Madras plague regulations and rules for district municipalities and other towns and villages
Disease focus: Plague
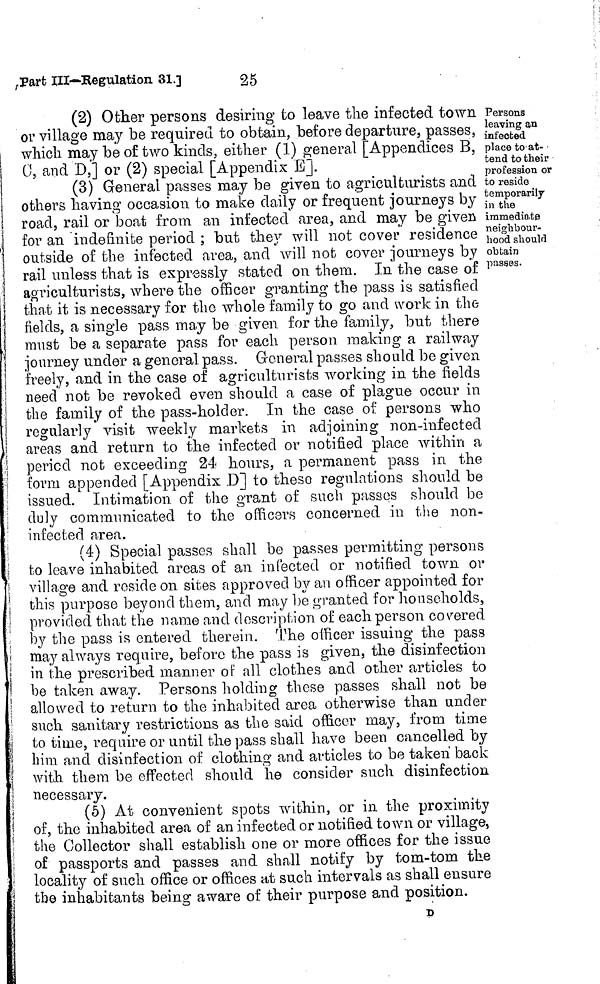
Part III—Regulation 31.]
25
Persons
leaving an
infected
place to-at-
tend to their
profession or
to reside
temporarily
in the
immediate
neighbour-
hood should
obtain
passes.
(2) Other persons desiring to leave the infected town
or village may be required to obtain, before departure, passes,
which may be of two kinds, either (1) general [Appendices B,
O, and D,] or (2) special [Appendix E].
(3) General passes may be given to agriculturists and
others having occasion to make daily or frequent journeys by
road, rail or boat from an infected area, and may be given
for an indefinite period ; but they will not cover residence
outside of the infected area, and will not cover journeys by
rail unless that is expressly stated on them. In the case of
agriculturists, where the officer granting the pass is satisfied
that it is necessary for the whole family to go and work in the
fields, a single pass may be given for the family, but there
must be a separate pass for each person making a railway
journey under a general pass. General passes should be given
freely, and in the case of agriculturists working in the fields
need not be revoked even should a case of plague occur in
the family of the pass-holder. In the case of persons who
regularly visit weekly markets in adjoining non-infected
areas and return to the infected or notified place within a
period not exceeding 24 hours, a permanent pass in the
form appended [Appendix D] to theso regulations should be
issued. Intimation of the grant of such passes should be
duly communicated to the officers concerned in the non-
infected area.
(4) Special passes shall be passes permitting persons
to leave inhabited areas of an infected or notified town or
village and reside on sites approved by an officer appointed for
this purpose beyond them, and may be granted for households,
provided that the name and description of each person covered
by the pass is entered therein. The officer issuing the pass
may always require, before the pass is given, the disinfection
in the prescribed manner of all clothes and other articles to
be taken away. Persons holding these passes shall not be
allowed to return to the inhabited area otherwise than under
such sanitary restrictions as the said officer may, from time
to time, require or until the pass shall have been cancelled by
him and disinfection of clothing and articles to be taken back
with them be effected should he consider such disinfection
necessary.
(5) At convenient spots within, or in the proximity
of, the inhabited area of an infected or notified town or village,
the Collector shall establish one or more offices for the issue
of passports and passes and shall notify by tom-tom the
locality of such office or offices at such intervals as shall ensure
the inhabitants being aware of their purpose and position.
D